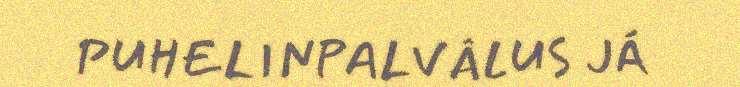
PUHELINPALVÂLUS JÁ